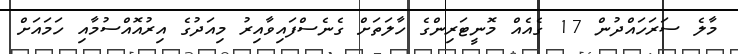
މާލެ ސަރަހައްދުން 17 ގެއެއް މޮނީޓަރިންގެ ހާލަތަށް ގެނެސްފައިވާއިރު މިއަދުގެ އިރުއޮއްސުމާއި ހަމައަށް